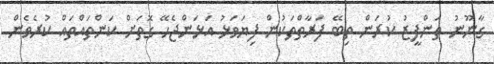
ގާނޫނު ތަންފީޒު ކުރަން ތިބޭ ފަރާތްތަކުން ފިޔަވަޅު އަޅަންޖެހޭ ގޮތަށް ކަންތައްތައް ކުރެވެން